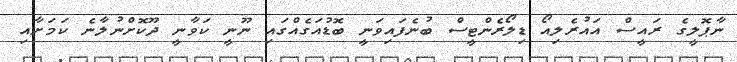
ނާޕޮލީގެ ރައީސް އައުރެލިއޯ ޑިލޯރެންޓީސް ބުނެފައިވަނީ ބޮޑުއަގެއްގައި ނޫނީ ކަވާނީ ދޫކޮށްނުލާނެ ކަމަށާއި